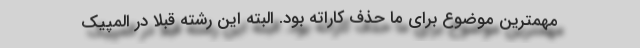
مهمترین موضوع برای ما حذف کاراته بود. البته این رشته قبلا در المپیک